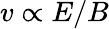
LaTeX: v\propto E/B